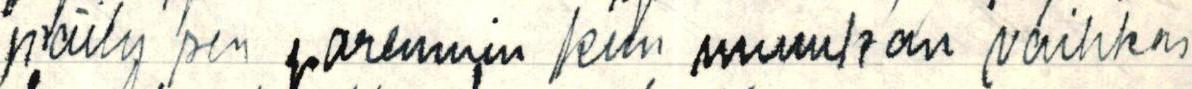
säily sen parenmin kun muukan vaihkas